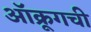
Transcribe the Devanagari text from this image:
ऑक्रूगची